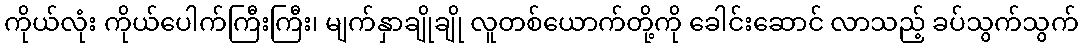
ကိုယ်လုံး ကိုယ်ပေါက်ကြီးကြီး၊ မျက်နှာချိုချို လူတစ်ယောက်တို့ကို ခေါင်းဆောင် လာသည့် ခပ်သွက်သွက်